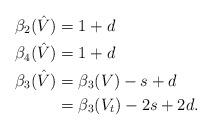
LaTeX: \begin{align*} \beta_2( \hat V ) &= 1 + d \\ \beta_4( \hat V ) &= 1 + d \\ \beta_3( \hat V ) &= \beta_3( V ) - s + d \\ &= \beta_3( V_{t} ) - 2s + 2d.\end{align*}